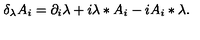
\delta _ { \lambda } A _ { i } = \partial _ { i } \lambda + i \lambda * A _ { i } - i A _ { i } * \lambda .